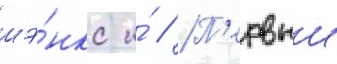
шэ́нкс и́ // П'ервыи